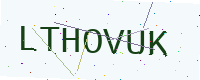
Text: LTHOVUK